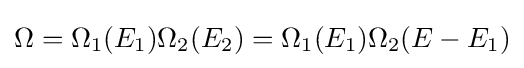
\Omega =\Omega _{1}(E_{1})\Omega _{2}(E_{2})=\Omega _{1}(E_{1})\Omega _{2}(E-E_{1})